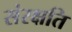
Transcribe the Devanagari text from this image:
संरक्षति